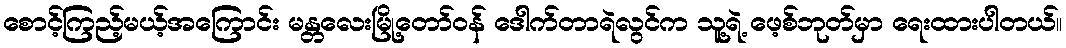
စောင့်ကြည့်မယ့်အကြောင်း မန္တလေးမြို့တော်ဝန် ဒေါက်တာရဲလွင်က သူ့ရဲ့ ဖေ့စ်ဘုတ်မှာ ရေးထားပါတယ်။